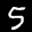
Label: 5